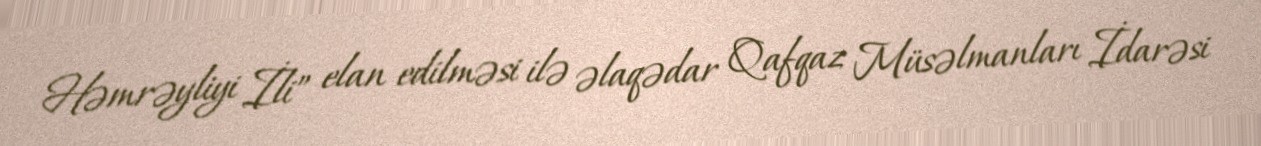
Həmrəyliyi İli” elan edilməsi ilə əlaqədar Qafqaz Müsəlmanları İdarəsi